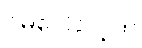
ဝမ်ပေါင်လဲ့က